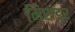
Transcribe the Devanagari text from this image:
मिराडर